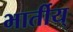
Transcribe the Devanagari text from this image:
भार्तीय्